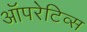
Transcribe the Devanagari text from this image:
ऑपरेटिव्स